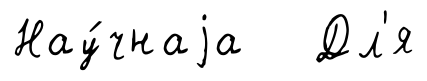
Нау́чнаjа Дл'я